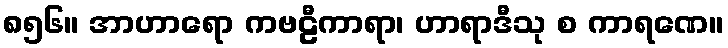
၈၅၆။ အာဟာရော ကဗဠီကာရာ၊ ဟာရာဒီသု စ ကာရဏေ။